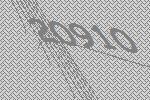
20910